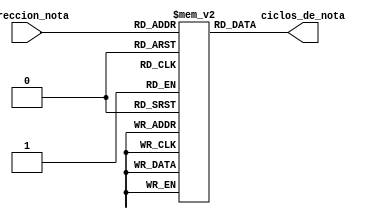
module ROM(
    input [4:0] direccion_nota,
    output reg [15:0] ciclos_de_nota
);

reg [15:0] memoria [24:0];

initial begin
    //1era estrofa
    memoria[0] = 22900; // Do
    memoria[1] = 22900; // Do
    memoria[2] = 20407; // Re
    memoria[3] = 22900; // Do
    memoria[4] = 17191; // Fa
    memoria[5] = 18181; // Mi
    //2da estrofa
    memoria[6] = 22900; // Do
    memoria[7] = 22900; // Do
    memoria[8] = 20407; // Re
    memoria[9] = 22900; // Do
    memoria[10] = 15305; // Sol
    memoria[11] = 17191; // Fa
    //3era estrofa
    memoria[12] = 22900; // Do
    memoria[13] = 22900; // Do
    memoria[14] = 11471; // +Do
    memoria[15] = 13635; // La
    memoria[16] = 17191; // Fa
    memoria[17] = 18181; // Mi
    memoria[18] = 20407; // Re
    //4ta
    memoria[19] = 12875; // La#
    memoria[20] = 12875; // La#
    memoria[21] = 13635; // La
    memoria[22] = 17191; // Fa
    memoria[23] = 15305; // Sol
    memoria[24] = 17191; // Fa
end

always @(*) begin
    ciclos_de_nota = memoria[direccion_nota];
end

endmodule